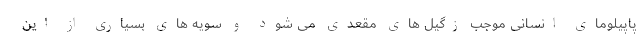
پاپیلومای انسانی موجب زگیل های مقعدی می شود و سویه های بسیاری از این